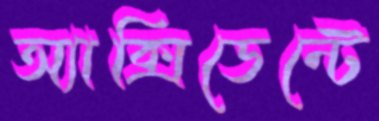
অ্যাক্সিডেন্টে